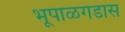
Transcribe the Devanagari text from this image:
भूपाळगडास